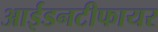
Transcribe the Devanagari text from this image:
आईडनटीफायर